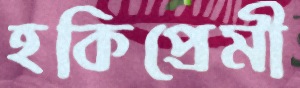
হকিপ্রেমী